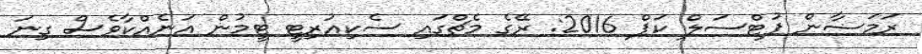
ރަމަޟާން ފުޓްސަލް ކަޕް 2016: ރޭގެ މެޗްގައި ސެކިއުރިޓީ ޓީމުން އަނެއްކާވެސް ގިނަ